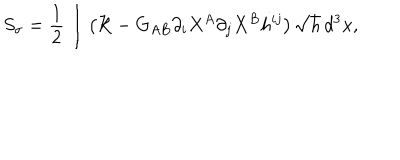
LaTeX: S _ { \sigma } = \frac { 1 } { 2 } \int \left( { \cal R } - G _ { A B } \partial _ { i } X ^ { A } \partial _ { j } X ^ { B } h ^ { i j } \right) \sqrt { h } \, d ^ { 3 } x ,